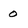
Character: 0